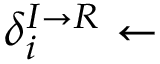
\delta _ { i } ^ { I \rightarrow R } \leftarrow